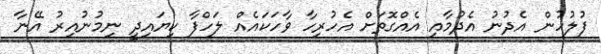
ފުލުހުން އެދުނު އެދުމާއި އެއްގޮތަށް އެހުރިހާ ވާހަކައެއް ލަހްފާ ކިޔައިދީ ނިމުނުއިރު އޭނާ